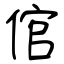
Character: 倌